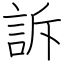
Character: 訴